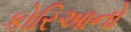
કોરિઆનો